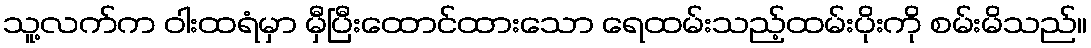
သူ့လက်က ဝါးထရံမှာ မှီပြီးထောင်ထားသော ရေထမ်းသည့်ထမ်းပိုးကို စမ်းမိသည်။